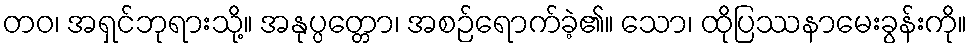
တဝ၊ အရှင်ဘုရားသို့။ အနုပ္ပတ္တော၊ အစဉ်ရောက်ခဲ့၏။ သော၊ ထိုပြဿနာမေးခွန်းကို။